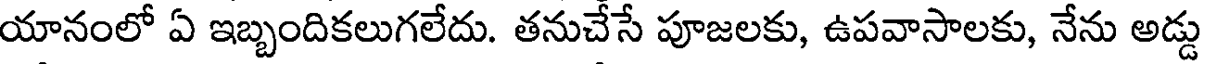
యానంలో ఏ ఇబ్బందికలుగలేదు. తనుచేసే పూజలకు, ఉపవాసాలకు, నేను అడ్డు